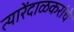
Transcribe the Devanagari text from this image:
त्यारेंदाळकरांचे